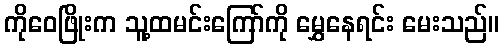
ကိုဝေဖြိုးက သူ့ထမင်းကြော်ကို မွှေနေရင်း မေးသည်။